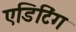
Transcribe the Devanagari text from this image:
एडिटिऺग